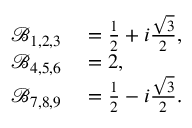
\begin{array} { r l } { \mathcal { B } _ { 1 , 2 , 3 } } & { { } = \frac { 1 } { 2 } + i \frac { \sqrt { 3 } } { 2 } , } \\ { \mathcal { B } _ { 4 , 5 , 6 } } & { { } = 2 , } \\ { \mathcal { B } _ { 7 , 8 , 9 } } & { { } = \frac { 1 } { 2 } - i \frac { \sqrt { 3 } } { 2 } . } \end{array}